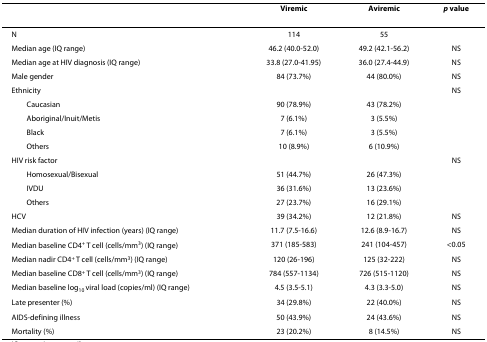
<table><thead><tr><td></td><td><b>Viremic</b></td><td><b>Aviremic</b></td><td><b><i>p </i>value</b></td></tr></thead><tbody><tr><td>N</td><td>114</td><td>55</td><td></td></tr><tr><td>Median age (IQ range)</td><td>46.2 (40.0-52.0)</td><td>49.2 (42.1-56.2)</td><td>NS</td></tr><tr><td>Median age at HIV diagnosis (IQ range)</td><td>33.8 (27.0-41.95)</td><td>36.0 (27.4-44.9)</td><td>NS</td></tr><tr><td>Male gender</td><td>84 (73.7%)</td><td>44 (80.0%)</td><td>NS</td></tr><tr><td>Ethnicity</td><td></td><td></td><td>NS</td></tr><tr><td> Caucasian</td><td>90 (78.9%)</td><td>43 (78.2%)</td><td></td></tr><tr><td> Aboriginal/Inuit/Metis</td><td>7 (6.1%)</td><td>3 (5.5%)</td><td></td></tr><tr><td> Black</td><td>7 (6.1%)</td><td>3 (5.5%)</td><td></td></tr><tr><td> Others</td><td>10 (8.9%)</td><td>6 (10.9%)</td><td></td></tr><tr><td>HIV risk factor</td><td></td><td></td><td>NS</td></tr><tr><td> Homosexual/Bisexual</td><td>51 (44.7%)</td><td>26 (47.3%)</td><td></td></tr><tr><td> IVDU</td><td>36 (31.6%)</td><td>13 (23.6%)</td><td></td></tr><tr><td> Others</td><td>27 (23.7%)</td><td>16 (29.1%)</td><td></td></tr><tr><td>HCV</td><td>39 (34.2%)</td><td>12 (21.8%)</td><td>NS</td></tr><tr><td>Median duration of HIV infection (years) (IQ range)</td><td>11.7 (7.5-16.6)</td><td>12.6 (8.9-16.7)</td><td>NS</td></tr><tr><td>Median baseline CD4<sup>+ </sup>T cell (cells/mm<sup>3</sup>) (IQ range)</td><td>371 (185-583)</td><td>241 (104-457)</td><td>&lt;0.05</td></tr><tr><td>Median nadir CD4<sup>+ </sup>T cell (cells/mm<sup>3</sup>) (IQ range)</td><td>120 (26-196)</td><td>125 (32-222)</td><td>NS</td></tr><tr><td>Median baseline CD8<sup>+ </sup>T cell (cells/mm<sup>3</sup>) (IQ range)</td><td>784 (557-1134)</td><td>726 (515-1120)</td><td>NS</td></tr><tr><td>Median baseline log<sub>10 </sub>viral load (copies/ml) (IQ range)</td><td>4.5 (3.5-5.1)</td><td>4.3 (3.3-5.0)</td><td>NS</td></tr><tr><td>Late presenter (%)</td><td>34 (29.8%)</td><td>22 (40.0%)</td><td>NS</td></tr><tr><td>AIDS-defining illness</td><td>50 (43.9%)</td><td>24 (43.6%)</td><td>NS</td></tr><tr><td>Mortality (%)</td><td>23 (20.2%)</td><td>8 (14.5%)</td><td>NS</td></tr></tbody></table>